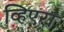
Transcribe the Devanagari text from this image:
व्हिएरा